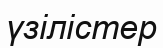
үзілістер